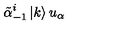
\tilde { \alpha } _ { - 1 } ^ { i } \left| k \right> u _ { \alpha }